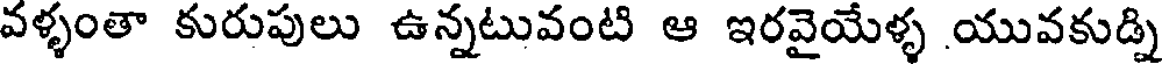
వళ్ళంతా కురుపులు ఉన్నటువంటి ఆ ఇరవైయేళ్ళ యువకుడ్ని